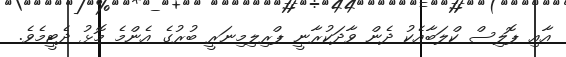
އާއި ޕޮލިސް ކްލަބާއެކު ދެން ވާދަކުރާނީ ޕްރިލިމިނަރީ ބުރުގެ އެންމެ މޮޅު ދެޓީމެވެ.